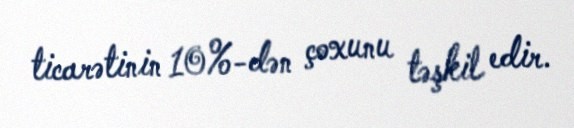
ticarətinin 10%-dən çoxunu təşkil edir.